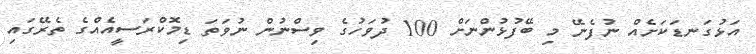
އަޅުގަނޑަކަށެއް ނުފެނޭ މި ބޭފުޅުންނަށް 100 ދުވަހުގެ ވިސްނުން ނުވަތަ ޑިމޮކްރަސީއެއްގެ ތެރޭގައި